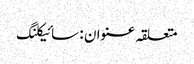
متعلقہ عنوان : سائیکلنگ